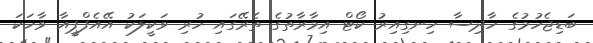
ބަޑިޖެހުމުގެ ހާދިސާ ހިނގިއިރު ކޯޓް އިމާރާތުގެ ތެރޭގައި ހުރި ވަކީލަކު އޭއެފްޕީއާ ވާހަކަ